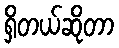
ရှိတယ်ဆိုတာ